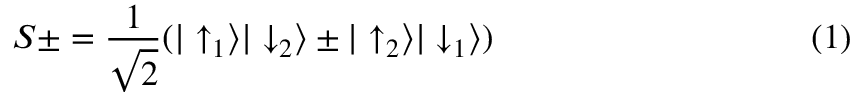
S \pm = \frac { 1 } { \sqrt 2 } ( | \uparrow _ { 1 } \rangle | \downarrow _ { 2 } \rangle \pm | \uparrow _ { 2 } \rangle | \downarrow _ { 1 } \rangle ) \eqno ( 1 )